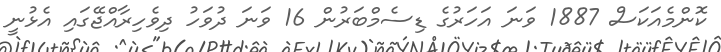
ކޮންމެއަކަސް 1887 ވަނަ އަހަރުގެ ޑިސެމްބަރުން 16 ވަނަ ދުވަހު ދިވެހިރާއްޖޭގައި އެޅުނީ